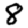
Digit: 8